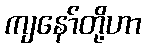
ကျနော်တို့ဟာ